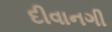
દીવાનગી